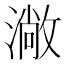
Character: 𱨬